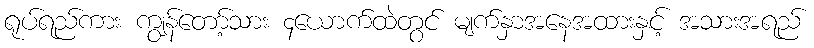
ရုပ်ရည်ကား ကျွန်တော့်သား ၄ယောက်ထဲတွင် မျက်နှာအနေအထားနှင့် အသားအရည်